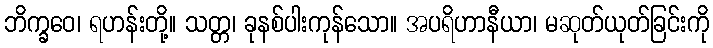
ဘိက္ခဝေ၊ ရဟန်းတို့။ သတ္တ၊ ခုနစ်ပါးကုန်သော။ အပရိဟာနီယာ၊ မဆုတ်ယုတ်ခြင်းကို